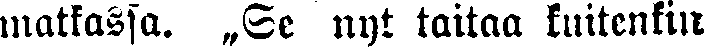
matkassa. „Se nyt taitaa kuitenkin